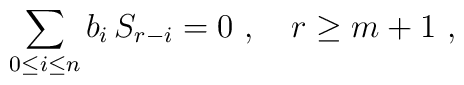
\sum_{0\le i \le n} b_i \, S_{r-i} = 0 \ , \ \ \ r\ge m+1 \ ,